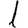
Digit: 1